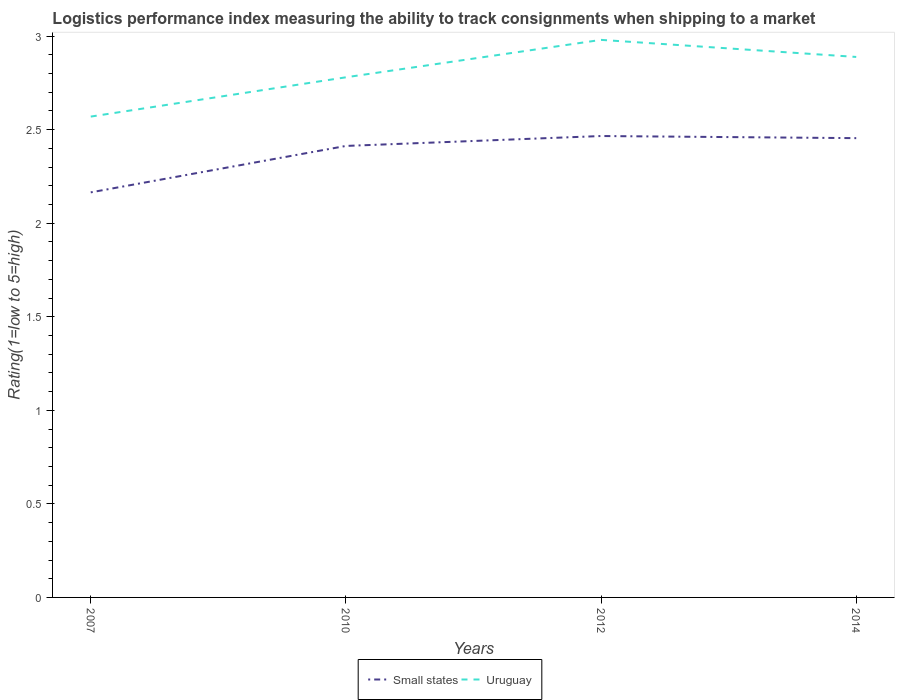
| Years | Small states | Uruguay |
 | --- | --- | --- |
 | 2007 | 2.17 | 2.57 |
 | 2010 | 2.41 | 2.78 |
 | 2012 | 2.47 | 2.98 |
 | 2014 | 2.45 | 2.89 |